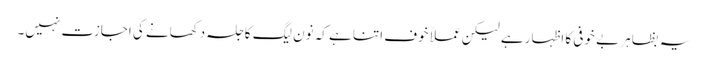
یہ بظاہر بے خوفی کا اظہار ہے لیکن عملاً خوف اتنا ہے کہ نون لیگ کا جلسہ دکھانے کی اجازت نہیں۔